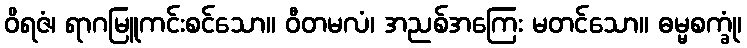
ဝိရဇံ၊ ရာဂမြူကင်းစင်သော။ ဝီတမလံ၊ အညစ်အကြေး မတင်သော။ ဓမ္မစက္ခုံ၊